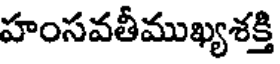
హంసవతీముఖ్యశక్తి